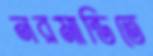
নরমান্ডিতে